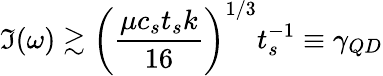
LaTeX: \Im(\omega)\gtrsim\left(\frac{\mu c_{s}t_{s}k}{16}\right)^{1/3}t_{s}^{-1}\equiv\gamma_{QD}